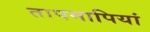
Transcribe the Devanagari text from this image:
तापमापियां